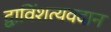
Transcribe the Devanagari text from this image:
द्वाविंशत्यवदान